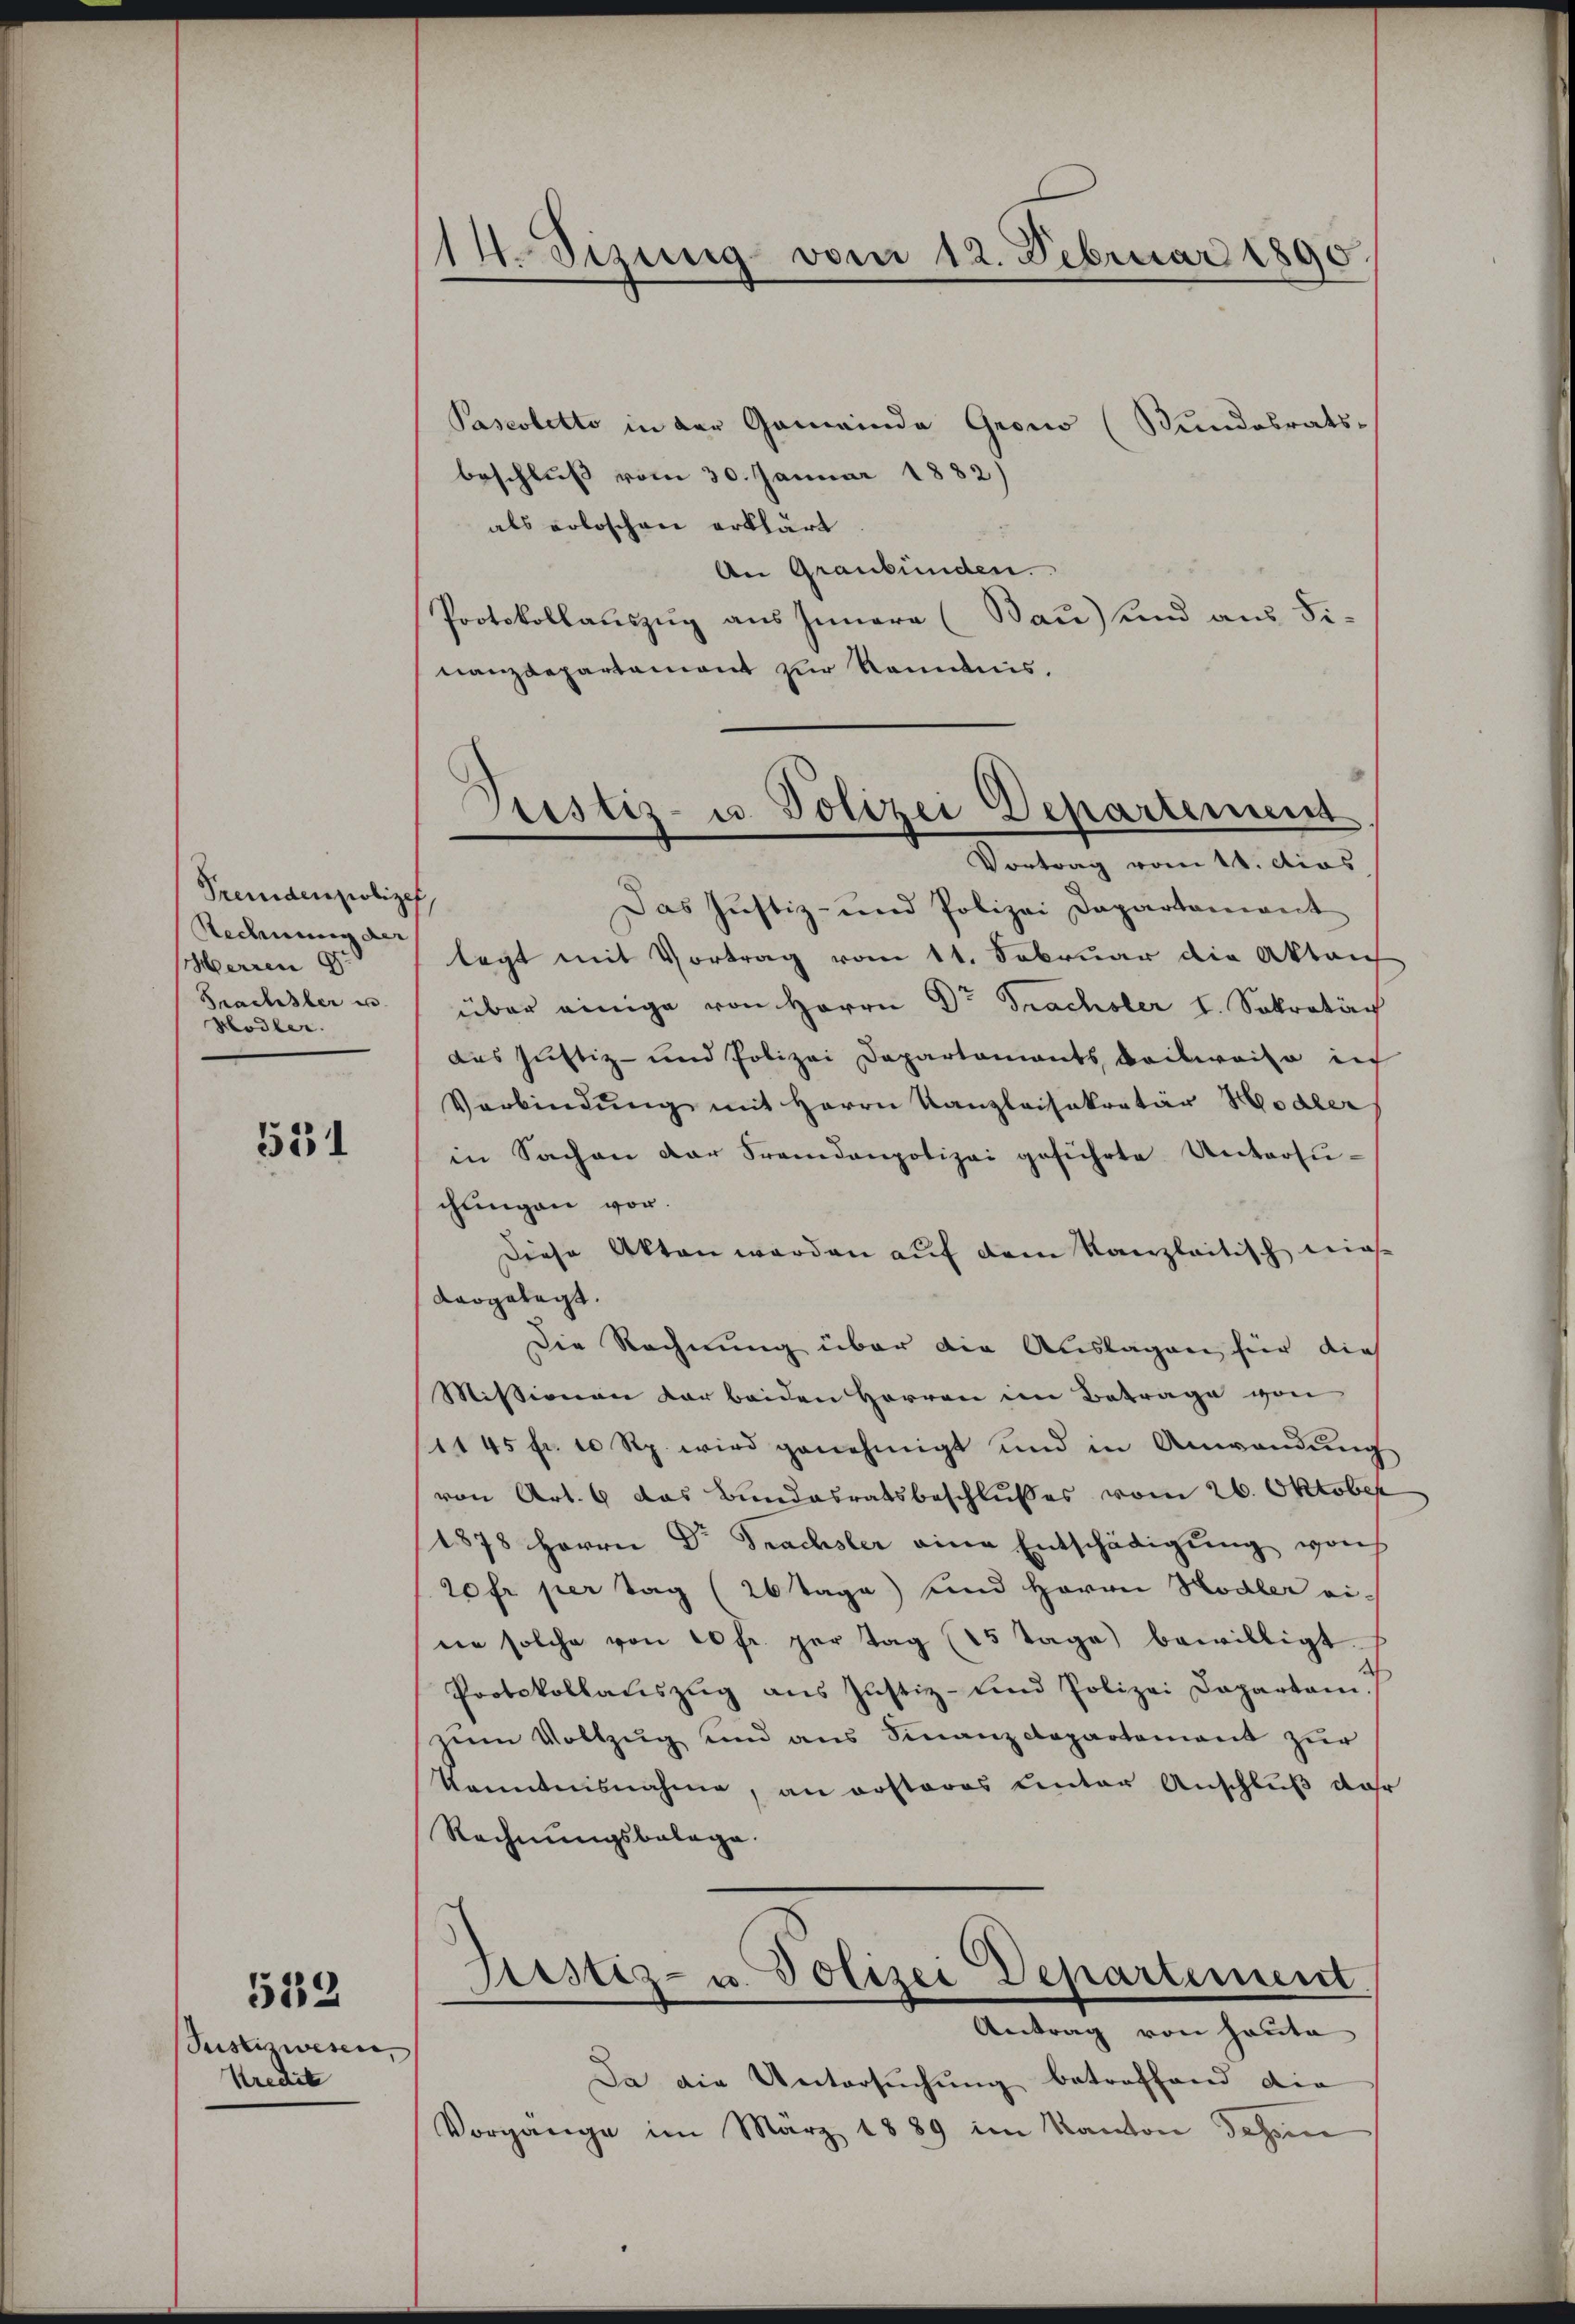
Trendenziliget,
Rechnung der
Merren 9t
Prachsler u.
Hodler.

531

Justizwesen,
Kredite

532

14. Sizung vom 12. Februar 1890

Pasestetto in der Gemeinde Grono (Sundobrats-
beschluß vom 30. Januar 1882)
als voloschen erklärt
An Graubünden.
Protokollauszug aus Innere (Bau) und aus Finanzdepartement zur Kenntnis.
Das Justiz- und Polizei Dapartament
legt mit Vortrag vom 11. Februar die Akten
über einige von Herrn Dr Trachsler I. Sekretäch
das Justiz- und Polizei Departaments Beilweise in
Verbindŭng mit Herrn Kanzleisekretär Hodler
in Sachen der Fremdenpolizei geführte Untersuchungen vor.
Diese Akten worden auf dem Kanzleitisch wiese
dargetagt.
Die Rechnung über die Auslagen für dies
Missionen der beiden Herren im Betrage von
1145 fr. 10 Rp. wird genehmigt und in Anwendŭng
von Art. 6 das Bundesratsbeschlusses vom 26. Oktober
1878 Herrn Dr Trachsler eine Entschädigung woch
20 fr per tag (26 Tage) und Herrn Hodler eine solche von 20 fr. per tag (15 Tage bewilligt.
Protokollaŭszŭg ans Justiz- und Polizei Dapartam.
zŭm Vollzug und ans Finanzdepartement zur
Kenntnisnahme, an ersteres unter Anschluß wahr
Rechnungsbalage.
Justiz- u. Polizei Departement.
Antrag von Haute
Da die Untersuchung betreffend die
Vorgange im März 1889 im Kanton Tessin

ustiz- u. Polizei Departement
Vortrag vom 14. dies